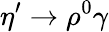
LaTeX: {\eta}^{\prime}\to\rho^{0}\gamma